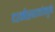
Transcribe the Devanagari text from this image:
धर्मस्थळांमुळे